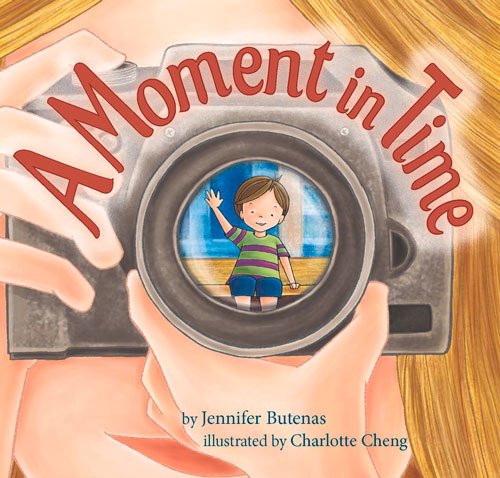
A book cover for A Moment in Time; Jennifer Butenas; Children's Books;